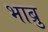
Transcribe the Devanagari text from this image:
भाब्रु